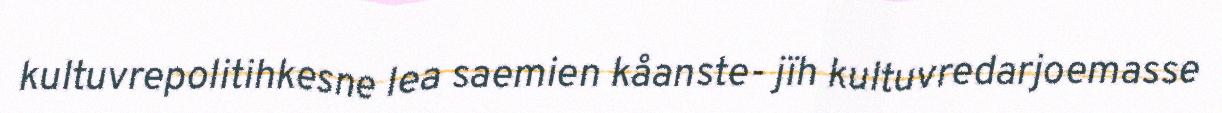
kultuvrepolitihkesne lea saemien kåanste- jïh kultuvredarjoemasse